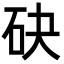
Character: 砄